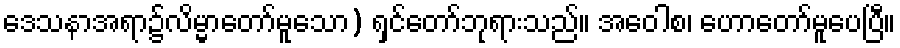
ဒေသနာအရာ၌လိမ္မာတော်မူသော) ရှင်တော်ဘုရားသည်။ အဝေါစ၊ ဟောတော်မူပေပြီ။